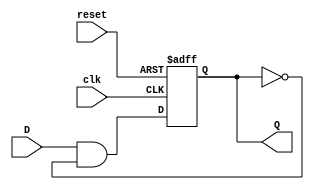
module FeedbackRegister (
    input wire clk,          // Clock signal
    input wire reset,        // Reset signal
    input wire D,           // Data input
    output reg Q            // Output of the register (current state)
);

// Sequential logic for the feedback register
always @(posedge clk or posedge reset) begin
    if (reset) begin
        Q <= 1'b0;          // Asynchronous reset to 0
    end else begin
        // State transition logic: feedback from Q and external input D
        // Example logic: Q_next = D AND NOT Q
        Q <= (D & ~Q);      // Simple feedback logic (can be modified)
    end
end

endmodule